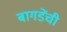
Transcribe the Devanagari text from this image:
बागडेंची